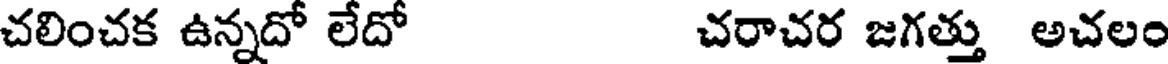
చలించక ఉన్నదో లేదో చరాచర జగత్తు అచలం